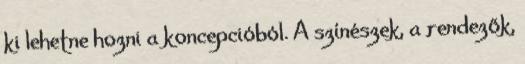
ki lehetne hozni a koncepcióból. A színészek, a rendezők,